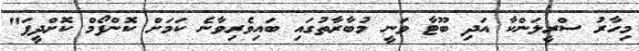
މިހާރު ސްރީލަންކާ އަދި ބޫޓާ ވަނީ މުބާރާތުގައި ބައިވެރިވާނެ ކަމަށް ކޮންފޯމް ކޮށްދީފަ"